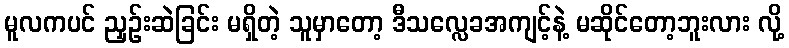
မူလကပင် ညှဉ်းဆဲခြင်း မရှိတဲ့ သူမှာတော့ ဒီသလ္လေခအကျင့်နဲ့ မဆိုင်တော့ဘူးလား လို့